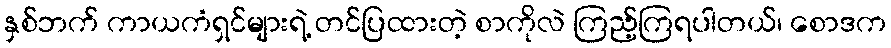
နှစ်ဘက် ကာယကံရှင်များရဲ့ တင်ပြထားတဲ့ စာကိုလဲ ကြည့်ကြရပါတယ်၊ စောဒက